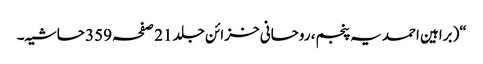
“(براہین احمدیہ پنجم، روحانی خزائن جلد 21 صفحہ 359 حاشیہ۔